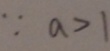
\because a > 1